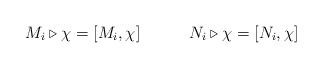
LaTeX: \begin{align*}M_{i}\triangleright \chi =[M_{i},\chi ]\qquad \quad N_{i}\triangleright \chi=[N_{i},\chi ] \end{align*}